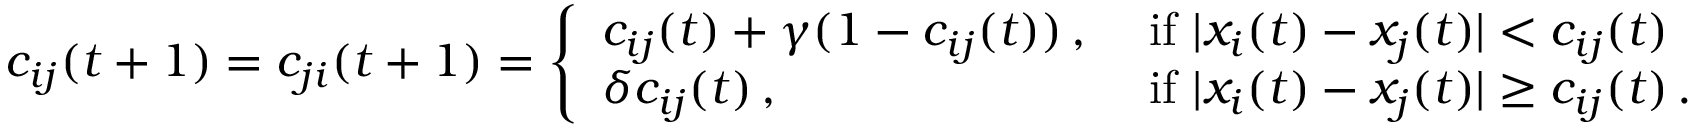
c _ { i j } ( t + 1 ) = c _ { j i } ( t + 1 ) = \left\{ \begin{array} { l l } { c _ { i j } ( t ) + \gamma ( 1 - c _ { i j } ( t ) ) \, , } & { \mathrm { ~ i f ~ } | x _ { i } ( t ) - x _ { j } ( t ) | < c _ { i j } ( t ) } \\ { \delta c _ { i j } ( t ) \, , } & { \mathrm { ~ i f ~ } | x _ { i } ( t ) - x _ { j } ( t ) | \geq c _ { i j } ( t ) \, . } \end{array} \right.